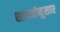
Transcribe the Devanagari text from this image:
शास्त्रांनुसार